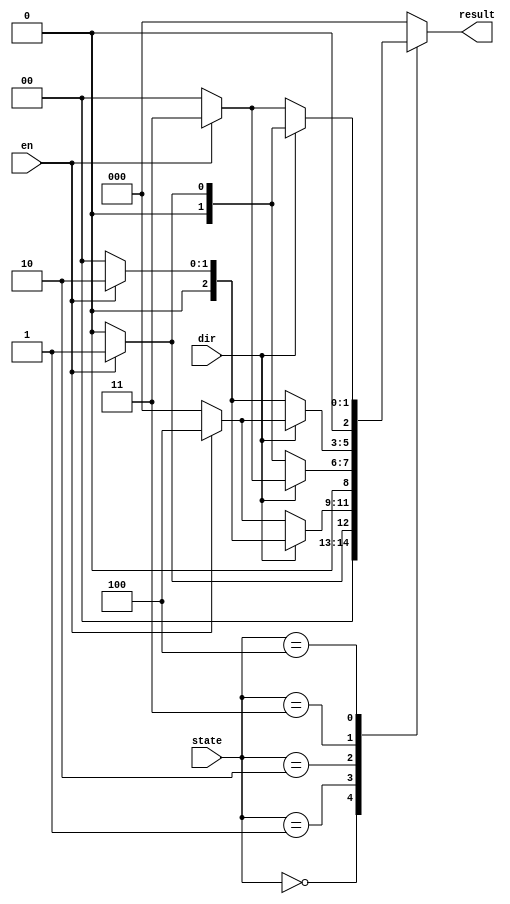
/* AUTOMATICALLY GENERATED VERILOG-2001 SOURCE CODE.
** GENERATED BY CLASH 0.99. DO NOT MODIFY.
*/
module StepperMotor_next
    ( // Inputs
      input dir
    , input en
    , input [2:0] state

      // Outputs
    , output reg [2:0] result
    );
  reg [2:0] \#case_alt ;
  reg [2:0] \#case_alt_0 ;
  reg [2:0] \#case_alt_1 ;
  reg [2:0] \#case_alt_2 ;
  reg [2:0] \#case_alt_3 ;
  reg [2:0] \#case_alt_4 ;
  reg [2:0] \#case_alt_5 ;
  reg [2:0] \#case_alt_6 ;

  always @(*) begin
    case(state)
      3'b000 : result = \#case_alt_4 ;
      3'b001 : result = \#case_alt_2 ;
      3'b010 : result = \#case_alt_1 ;
      3'b011 : result = \#case_alt_0 ;
      3'b100 : result = \#case_alt ;
      default : result = 3'b000;
    endcase
  end

  always @(*) begin
    if(dir)
      \#case_alt  = \#case_alt_4 ;
    else
      \#case_alt  = \#case_alt_3 ;
  end

  always @(*) begin
    if(dir)
      \#case_alt_0  = \#case_alt_6 ;
    else
      \#case_alt_0  = \#case_alt_5 ;
  end

  always @(*) begin
    if(dir)
      \#case_alt_1  = \#case_alt_3 ;
    else
      \#case_alt_1  = \#case_alt_4 ;
  end

  always @(*) begin
    if(dir)
      \#case_alt_2  = \#case_alt_5 ;
    else
      \#case_alt_2  = \#case_alt_6 ;
  end

  always @(*) begin
    if(en)
      \#case_alt_3  = 3'b011;
    else
      \#case_alt_3  = 3'b000;
  end

  always @(*) begin
    if(en)
      \#case_alt_4  = 3'b001;
    else
      \#case_alt_4  = 3'b000;
  end

  always @(*) begin
    if(en)
      \#case_alt_5  = 3'b010;
    else
      \#case_alt_5  = 3'b000;
  end

  always @(*) begin
    if(en)
      \#case_alt_6  = 3'b100;
    else
      \#case_alt_6  = 3'b000;
  end
endmodule